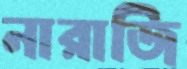
নারাজি